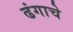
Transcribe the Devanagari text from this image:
ढंगाचे